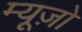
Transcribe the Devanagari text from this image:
म्यूज़ो